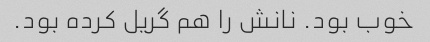
خوب بود. نانش را هم گریل کرده بود.